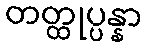
တတ္ထုပ္ပန္နာ